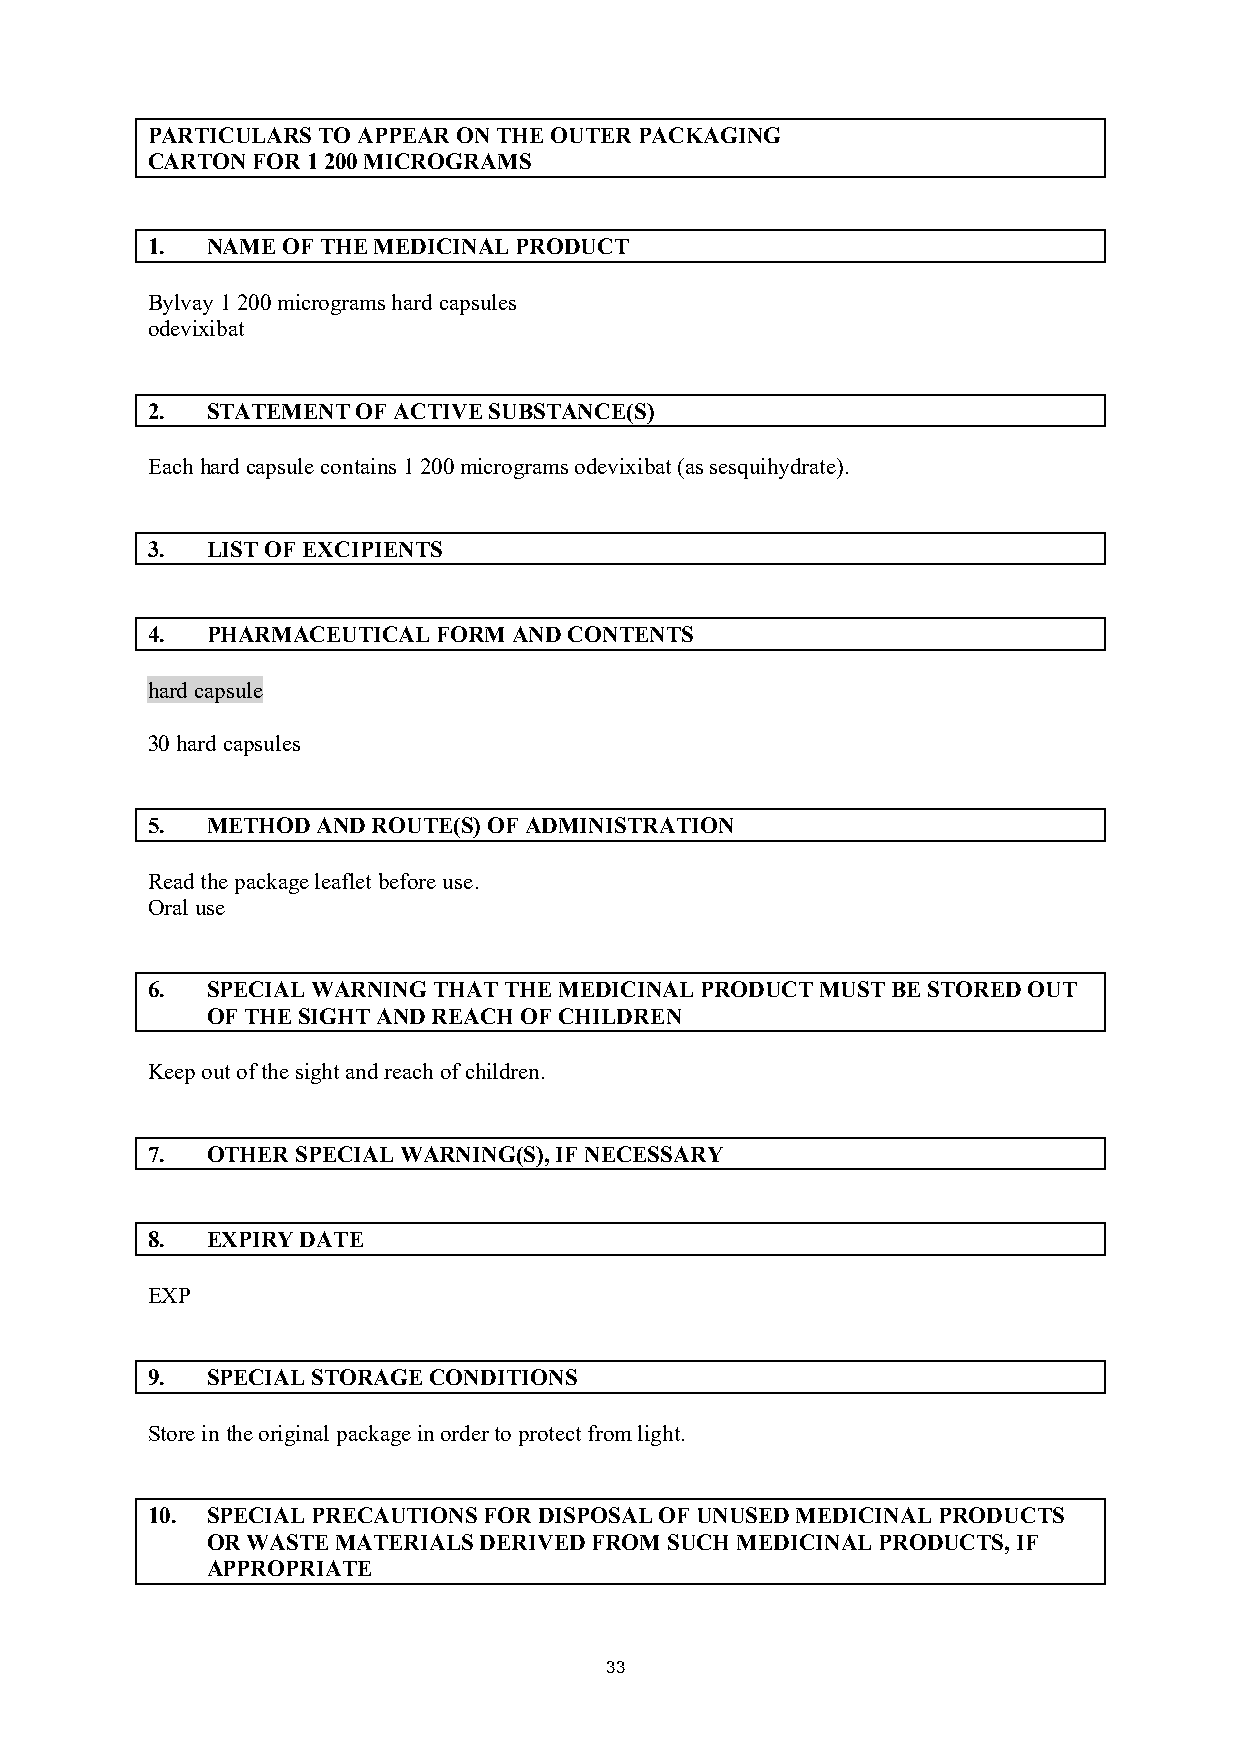
PARTICULARS TO APPEAR ON THE OUTER PACKAGING
 CARTON FOR 1 200 MICROGRAMS
 1.  NAME OF THE MEDICINAL PRODUCT
 Bylvay 1 200 micrograms hard capsules
 odevixibat
 2.  STATEMENT OF ACTIVE SUBSTANCE(S)
 Each hard capsule contains 1 200 micrograms odevixibat (as sesquihydrate).
 3.  LIST OF EXCIPIENTS
 4.  PHARMACEUTICAL FORM AND CONTENTS
 hard capsule
 30 hard capsules
 5.  METHOD AND ROUTE(S) OF ADMINISTRATION
 Read the package leaflet before use.
 Oral use
 6.  SPECIAL WARNING THAT THE MEDICINAL PRODUCT MUST BE STORED OUT
 OF THE SIGHT AND REACH OF CHILDREN
 Keep out of the sight and reach of children.
 7.  OTHER SPECIAL WARNING(S), IF NECESSARY
 8.  EXPIRY DATE
 EXP
 9.  SPECIAL STORAGE CONDITIONS
 Store in the original package in order to protect from light.
 10. SPECIAL PRECAUTIONS FOR DISPOSAL OF UNUSED MEDICINAL PRODUCTS
 OR WASTE MATERIALS DERIVED FROM SUCH MEDICINAL PRODUCTS, IF
 APPROPRIATE
 33